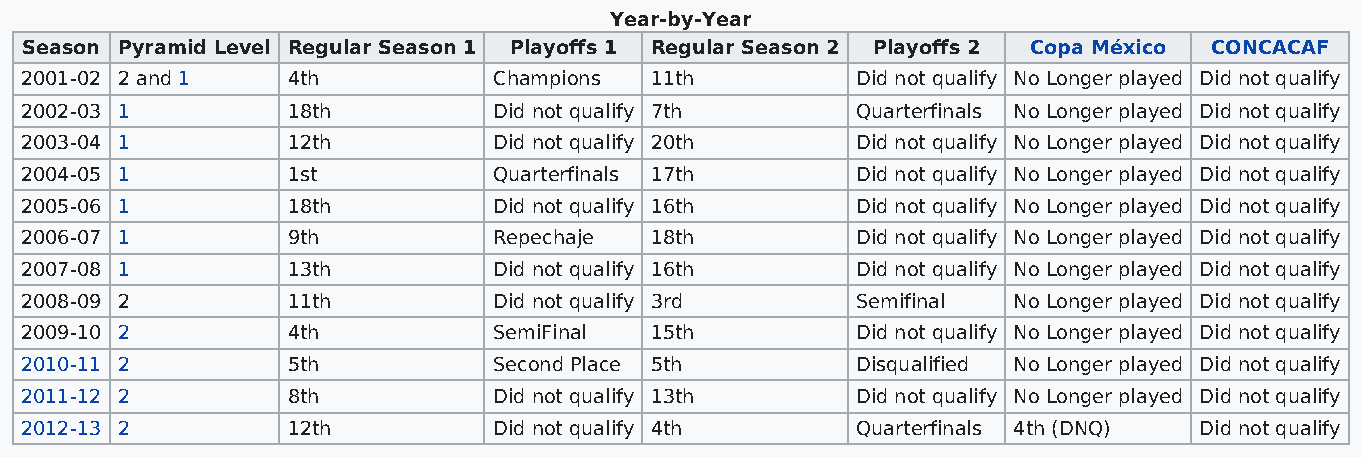
Year-by-Year
 Season Pyramid Level Regular Season 1 Playoffs 1 Regular Season 2 Playoffs 2 Copa México CONCACAF
 2001-02 2 and 1   4th           Champions 11th          Did not qualify No Longer played Did not qualify
 2002-03 1         18th          Did not qualify 7th     Quarterfinals No Longer played Did not qualify
 2003-04 1         12th          Did not qualify 20th    Did not qualify No Longer played Did not qualify
 2004-05 1         1st           Quarterfinals 17th      Did not qualify No Longer played Did not qualify
 2005-06 1         18th          Did not qualify 16th    Did not qualify No Longer played Did not qualify
 2006-07 1         9th           Repechaje 18th          Did not qualify No Longer played Did not qualify
 2007-08 1         13th          Did not qualify 16th    Did not qualify No Longer played Did not qualify
 2008-09 2         11th          Did not qualify 3rd     Semifinal No Longer played Did not qualify
 2009-10 2         4th           SemiFinal 15th          Did not qualify No Longer played Did not qualify
 2010-11 2         5th           Second Place 5th        Disqualified No Longer played Did not qualify
 2011-12 2         8th           Did not qualify 13th    Did not qualify No Longer played Did not qualify
 2012-13 2         12th          Did not qualify 4th     Quarterfinals 4th (DNQ) Did not qualify